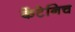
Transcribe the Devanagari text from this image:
केंटेनिच